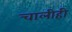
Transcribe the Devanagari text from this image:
चालीही